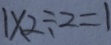
1 \times 2 \div 2 = 1